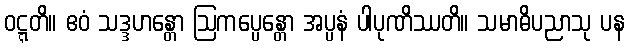
ဝဋ္ဋတိ။ ဧဝံ သဒ္ဒဟန္တော ဩကပ္ပေန္တော အပ္ပနံ ပါပုဏိဿတိ။ သမာဓိပညာသု ပန